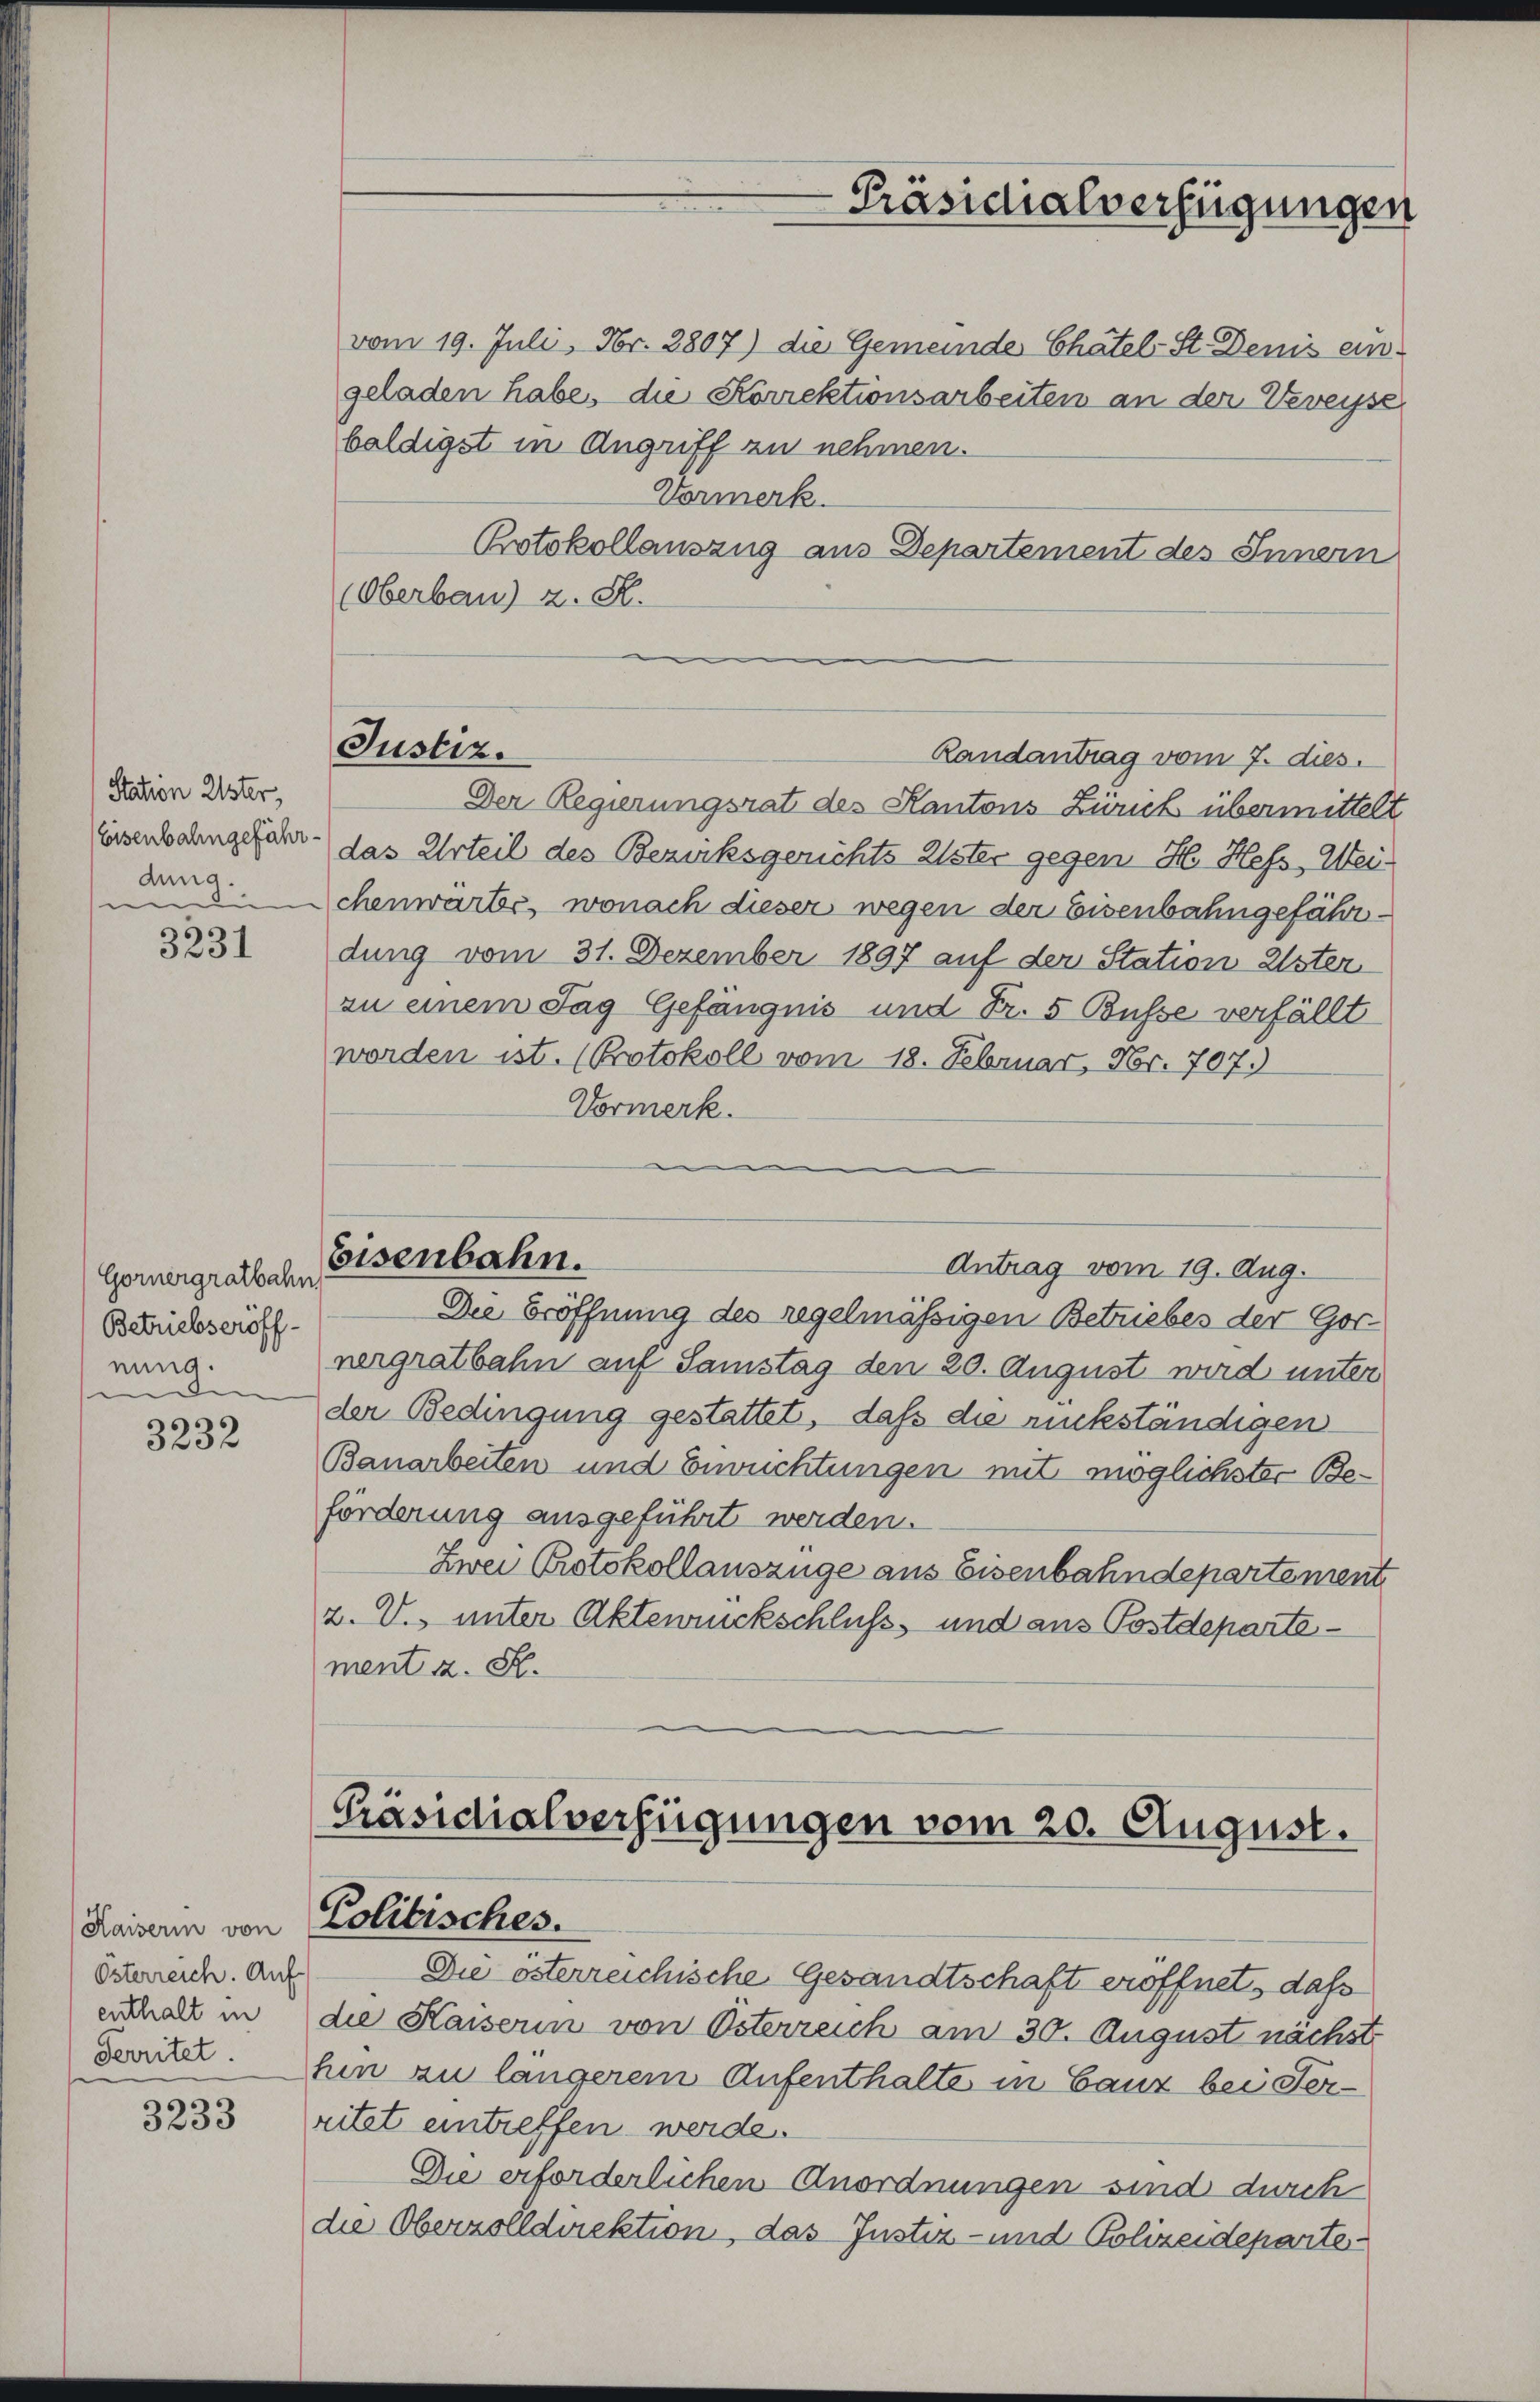
Station Ester,
Eisenbahngefährdung.

3231

Gornergratbahn
Betriebseröffnung.
e

3232

Kaiserin von
Österreich. Auf
enthalt in
Perritet.

3233

vom 19. Juli, Nr. 3807) die Gemeinde Chatel St. Denis eingeladen habe, die Korrektionsarbeiten an der Veveyse
baldigst in Angriff zu nehmen.
Vormerk
Potokollauszug aus Departement des Innern
(Oberbau) z. R.
Der Regierungsrat des Kantons Zürich übermittelt
das Urteil des Bezirksgerichts Elster gegen H. Hefs, Weichenwärter, wonach dieser wegen der Eisenbahngefährdung vom 31. Dezember 1897 auf der Station Ester
au einem Tag Gefängnis und Fr. 5 Busse verfällt
worden ist. (Protokoll vom 18. Februar, Nr. 707.)
Vormerk.
Eisenbahn.
Antrag vom 19. Aug.
Die Eröffnung des regelmässigen Betriebes der Gornergratbahn auf Samstag den 20. August wird unter
der Bedingung gestattet, daß die rückständigen
Bauarbeiten und Enwuchtungen mit möglichster Beförderung ausgeführt werden.
Zwei Protokollauszüge aus Eisenbahndepartement
2. V. unter Aktenrückschluß, und aus Postdepartement a. S.

Justiz.

-Präsidialverfügungen

Randantrag vom 7. dies.

[Präsidialverfügungen vom 20. August.
Politisches.

Die österreichische Gesandtschaft eröffnet, daß
die Kaiserin von Osterreich am 30. August nächst
hin zu längerem Aufenthalte in Ganz bei Verritat eintreffen werde.
Die erforderlichen Anordnungen sind durch
die Oberzolldirektion, das Justiz- und Polizeideparte¬